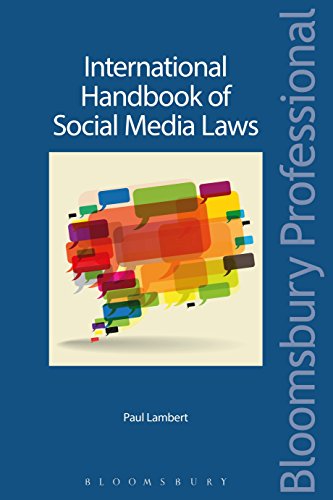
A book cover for International Handbook of Social Media Laws; Paul Lambert; Law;